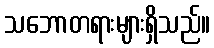
သဘောတရားများရှိသည်။